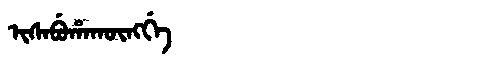
Manchu: ᡳᠰᠠᠪᡠᡥᠠᡴᡡᠩᡤᡝ
Romanization: ISABUHAKŪNGGE